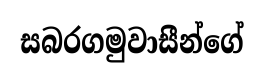
සබරගමුවාසීන්ගේ